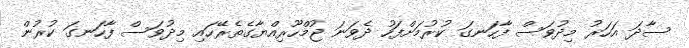
ސާދަ އަހަރު މިދުވަސް ފާހަނގަ ކުރުމަށްފަހު ދެވަނަ ޖުމްހޫރިއްޔާގެތެރޭހައި މިދުވަސް ފާހަނގަ ކުރުން